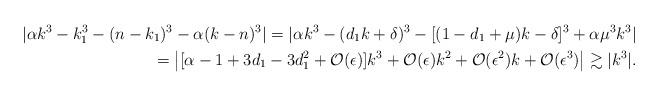
LaTeX: \begin{align*}|\alpha k^3 - k_1^3 -(n-k_1)^3 - \alpha(k-n)^3 |= |\alpha k^3 - (d_1k + \delta)^3 -[(1 - d_1 + \mu)k - \delta]^3 + \alpha \mu^3 k^3 | \\= \left|[ \alpha - 1 + 3d_1 - 3d_1^2 + \mathcal{O}(\epsilon)]k^3 + \mathcal{O}(\epsilon)k^2 + \mathcal{O}(\epsilon^2)k + \mathcal{O}(\epsilon^3) \right| \gtrsim |k^3|.\end{align*}